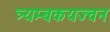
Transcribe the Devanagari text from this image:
त्र्यम्बकयज्वन